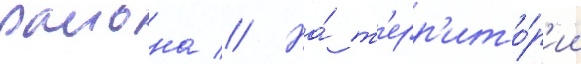
раиона // На́ т'ерр'ито́р'ии